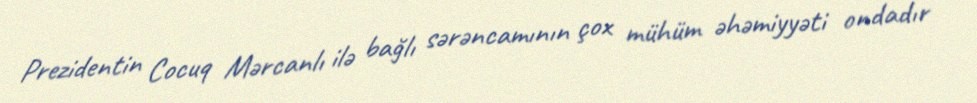
Prezidentin Cocuq Mərcanlı ilə bağlı sərəncamının çox mühüm əhəmiyyəti ondadır